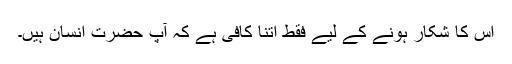
اس کا شکار ہونے کے لیے فقط اتنا کافی ہے کہ آپ حضرتِ انسان ہیں۔